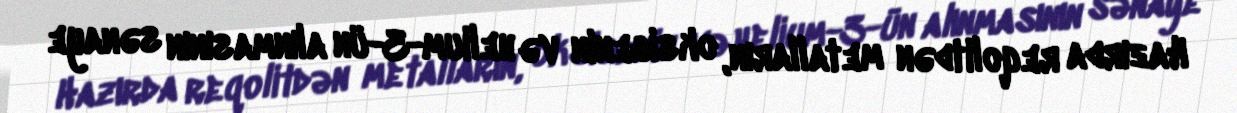
Hazırda reqolitdən metalların, oksigenin və helium-3-ün alınmasının sənaye